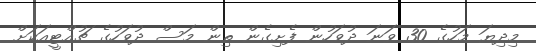
މިދިޔަ މަހުގެ 30 ވަނަ ދުވަހުން ފެށިގެން ތިން މަސް ދުވަހުގެ ޗުއްޓީއަކަށް